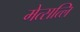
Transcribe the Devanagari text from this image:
मेत्सत्लि